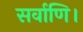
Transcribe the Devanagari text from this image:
सर्वाणि।